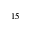
^ { 1 5 }